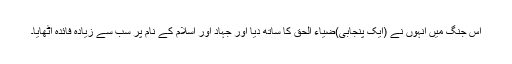
اس جنگ میں انہوں نے (ایک پنجابی)ضیاء الحق کا ساتھ دیا اور جہاد اور اسلام کے نام پر سب سے زیادہ فائدہ اٹھایا۔